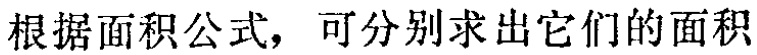
根据面积公式，可分别求出它们的面积